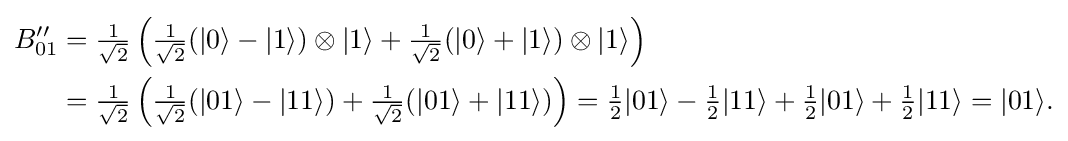
{\begin{aligned}B_{01}''&={\tfrac {1}{\sqrt {2}}}\left({\tfrac {1}{\sqrt {2}}}(|0\rangle -|1\rangle )\otimes |1\rangle +{\tfrac {1}{\sqrt {2}}}(|0\rangle +|1\rangle )\otimes |1\rangle \right)\\&={\tfrac {1}{\sqrt {2}}}\left({\tfrac {1}{\sqrt {2}}}(|01\rangle -|11\rangle )+{\tfrac {1}{\sqrt {2}}}(|01\rangle +|11\rangle )\right)={\tfrac {1}{2}}|01\rangle -{\tfrac {1}{2}}|11\rangle +{\tfrac {1}{2}}|01\rangle +{\tfrac {1}{2}}|11\rangle =|01\rangle .\end{aligned}}